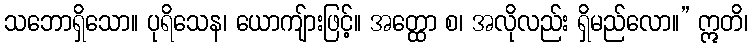
သဘောရှိသော။ ပုရိသေန၊ ယောကျ်ားဖြင့်။ အတ္ထော စ၊ အလိုလည်း ရှိမည်လော။” ဣတိ၊